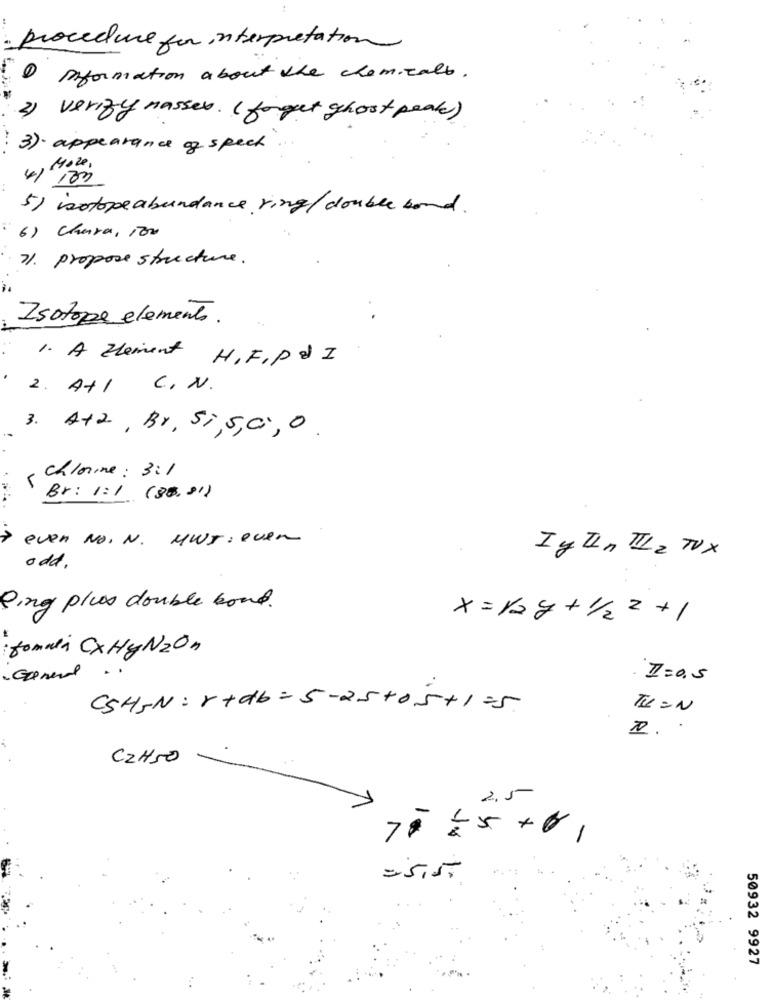
procedure for interpretation
Information about the chemicals.
2) verify masses. ( forget ghost peak)
3)· appearance of speck
, Moze,
41 100
5) isotopeabundance ring/ double band.
6) Chura, 100
71. propose structure.
Isotope elemento.
1. A Element H.F. P& I
2. At/ C. N.
3. A+2, Br, Sì,5,0, 0
( Chlorine : 3:1
Br: 1:1 (80, 31)
> even No, N. MWS : even
I y Un HL 2 TVX
odd.
Ping plus double bond.
x = /= g + 1/2 2 + 1
formula CXHyNzOn
I=0,5
CSH 5N: r+db = 5-25+05+1=5
TI IN
C2H50
2.5
70 2 5 +01
=5,55
50932 9927